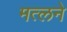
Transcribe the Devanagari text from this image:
मत्लने